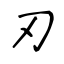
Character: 刃